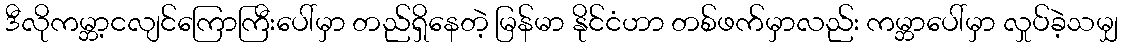
ဒီလိုကမ္ဘာ့ငလျင်ကြောကြီးပေါ်မှာ တည်ရှိနေတဲ့ မြန်မာ နိုင်ငံဟာ တစ်ဖက်မှာလည်း ကမ္ဘာပေါ်မှာ လှုပ်ခဲ့သမျှ